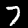
Digit: 7